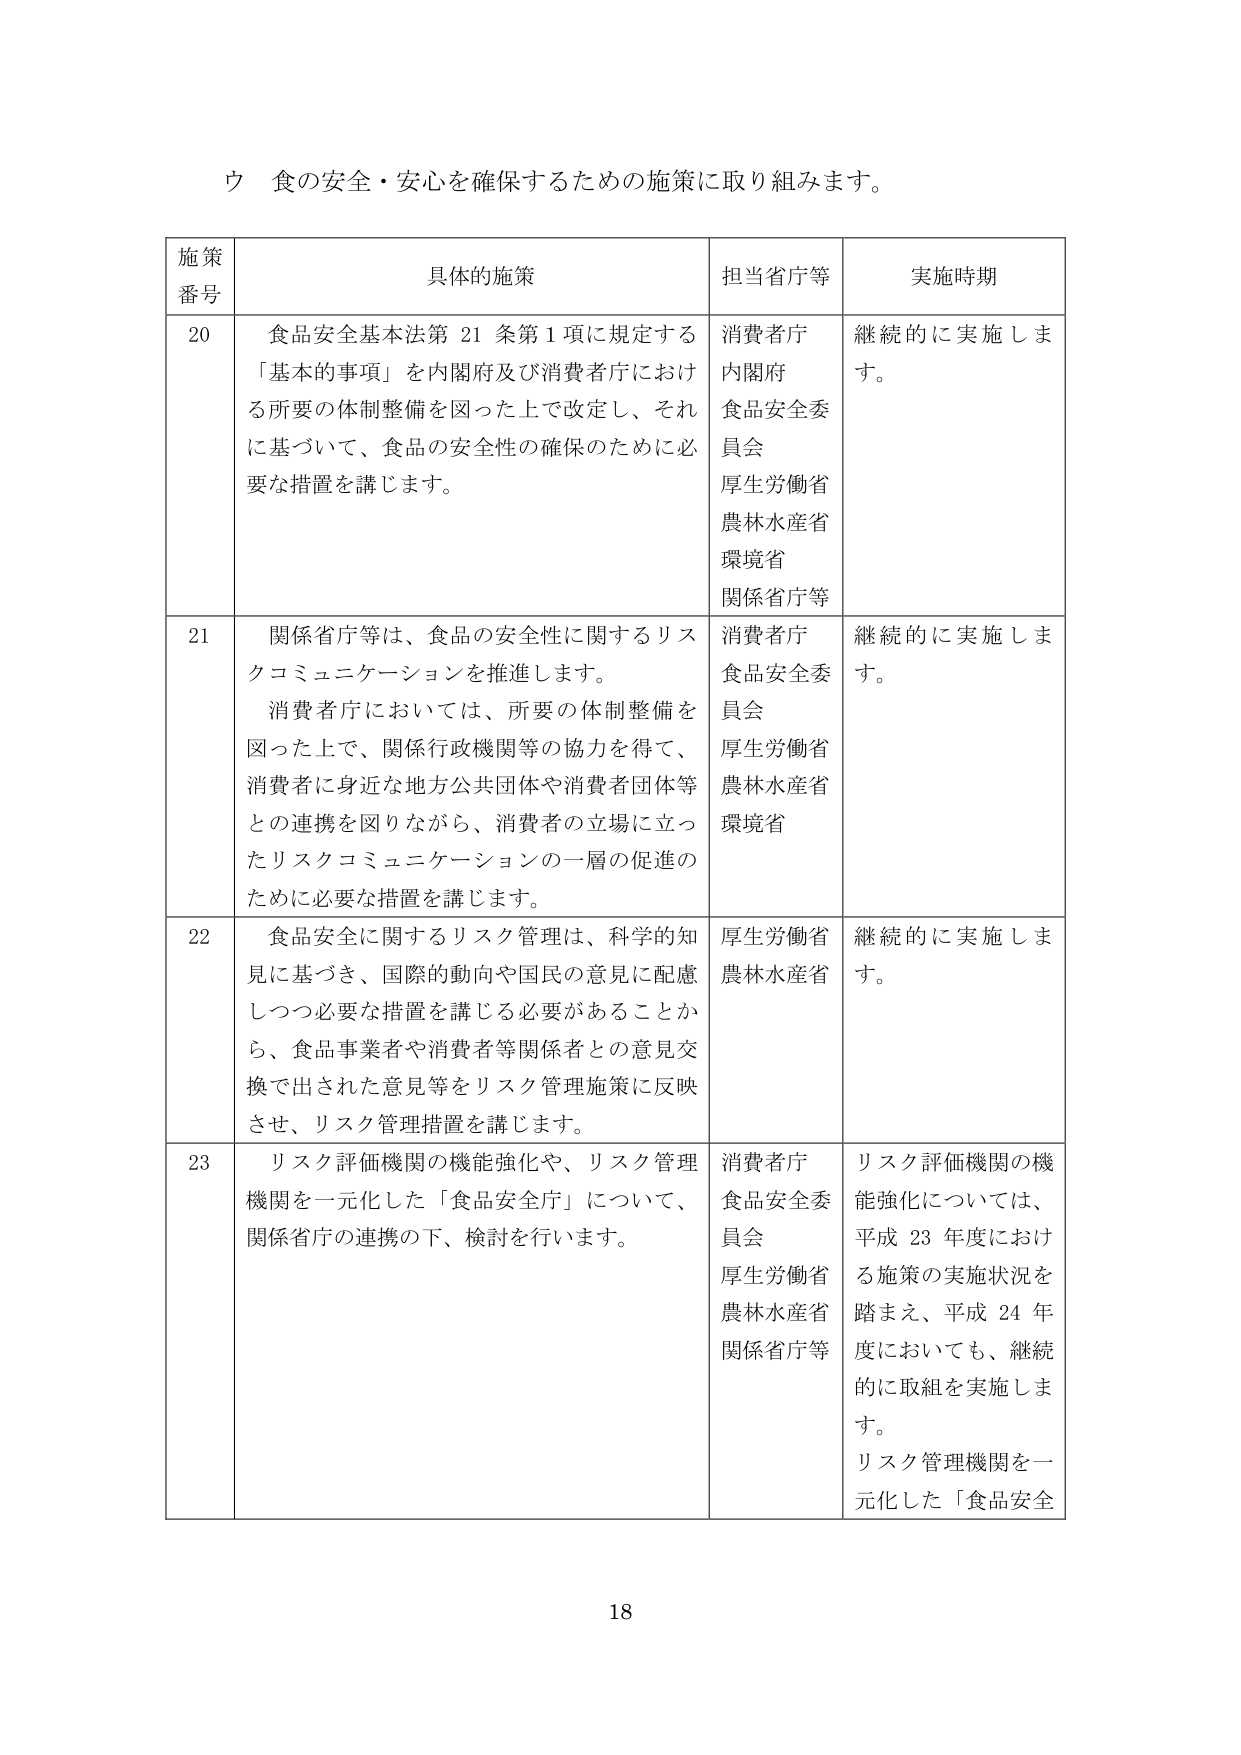
ウ 食の安全・安心を確保するための施策に取り組みます。

施策番号	具体的施策	担当省庁等	実施時期
20	食品安全基本法第21条第1項に規定する「基本的事項」を内閣府及び消費者庁における所要の体制整備を図った上で改定し、それに基づいて、食品の安全性の確保のために必要な措置を講じます。	消費者庁
内閣府
食品安全委員会
厚生労働省
農林水産省
環境省
関係省庁等	継続的に実施します。
21	関係省庁等は、食品の安全性に関するリスクコミュニケーションを推進します。
消費者庁においては、所要の体制整備を図った上で、関係行政機関等の協力を得て、消費者に身近な地方公共団体や消費者団体等との連携を図りながら、消費者の立場に立ったリスクコミュニケーションの一層の促進のために必要な措置を講じます。	消費者庁
食品安全委員会
厚生労働省
農林水産省
環境省	継続的に実施します。
22	食品安全に関するリスク管理は、科学的知見に基づき、国際的動向や国民の意見に配慮しつつ必要な措置を講じる必要があることから、食品事業者や消費者等関係者との意見交換で出された意見等をリスク管理施策に反映させ、リスク管理措置を講じます。	厚生労働省
農林水産省	継続的に実施します。
23	リスク評価機関の機能強化や、リスク管理機関を一元化した「食品安全庁」について、関係省庁の連携の下、検討を行います。	消費者庁
食品安全委員会
厚生労働省
農林水産省
関係省庁等	リスク評価機関の機能強化については、平成23年度における施策の実施状況を踏まえ、平成24年度においても、継続的に取組を実施します。
リスク管理機関を一元化した「食品安全

18